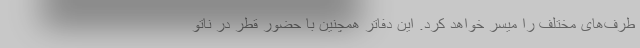
طرف‌های مختلف را میسر خواهد کرد. این دفاتر همچنین با حضور قطر در ناتو